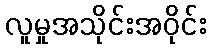
လူမှုအသိုင်းအဝိုင်း